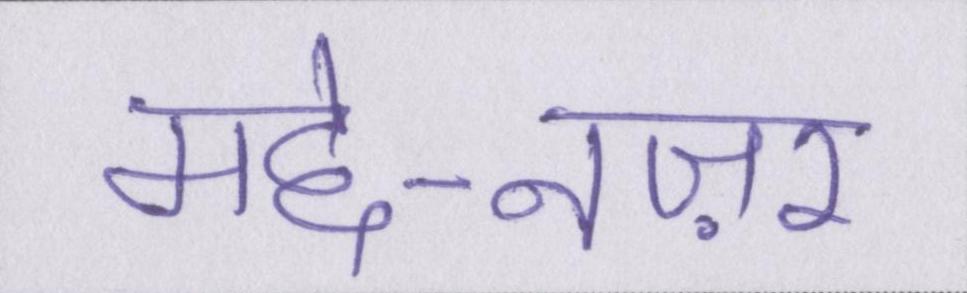
मद्दे-नज़र